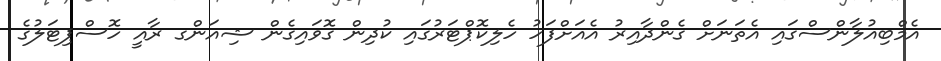
އެމްބިއުލާންސްގައި އެތަނަށް ގެންދާއިރު އެއަށްފަހު ހެލިކޮޕްޓަރުގައި ކުދިން ގޮވައިގެން ޝިއަންގ ރާއީ ހޮސްޕިޓަލުގެ